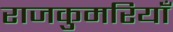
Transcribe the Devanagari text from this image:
राजकुमरियाँ